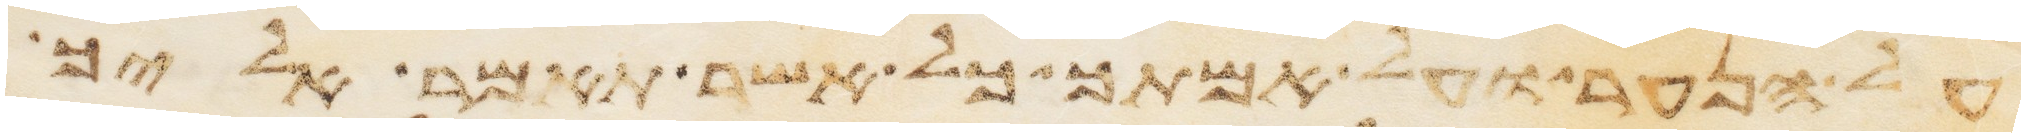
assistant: על הנער ועל אמתך כל אשר תאמר אליך